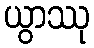
ယွာဿု